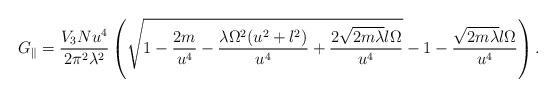
LaTeX: \begin{align*}G_{\parallel}= \frac{V_3N u^4}{2\pi^2 \lambda ^2}\left ( \sqrt{1-\frac{2m} {u^4 }-\frac{\lambda \Omega^2(u^2+l^2) }{ u^4} +\frac{2\sqrt{2m\lambda}l\Omega}{ u^4} }-1 -\frac{\sqrt{2m\lambda}l\Omega}{ u^4} \right).\end{align*}